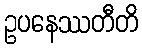
ဥပနေဿတီတိ